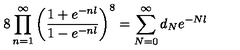
8 \prod _ { n = 1 } ^ { \infty } \left( \frac { 1 + e ^ { - n l } } { 1 - e ^ { - n l } } \right) ^ { 8 } = \sum _ { N = 0 } ^ { \infty } d _ { N } e ^ { - N l }